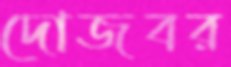
দোজবর